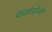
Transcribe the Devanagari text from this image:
पंचसंयोजी